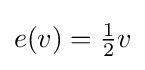
e(v)={\tfrac {1}{2}}v